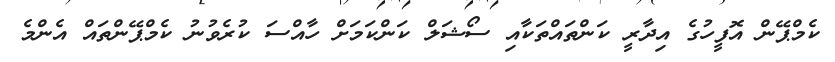
ކެމްޕޭން އޮފީހުގެ އިދާރީ ކަންތައްތަކާއި ސޯޝަލް ކަންކަމަށް ހާއްސަ ކުރެވުނު ކެމްޕޭންތައް އެންމެ